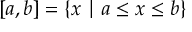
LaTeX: [ a , b ] = \{ x \mid a \leq x \leq b \}